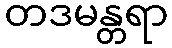
တဒမန္တရာ